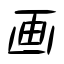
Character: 画